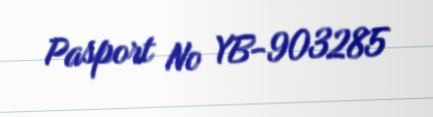
Pasport № YB-903285